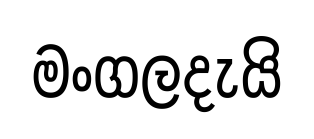
මංගලදැයි